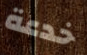
خدعة